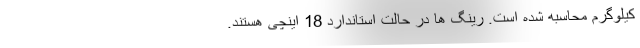
کیلوگرم محاسبه شده است. رینگ ها در حالت استاندارد 18 اینچی هستند.